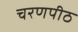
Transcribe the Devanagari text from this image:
चरणपीठ